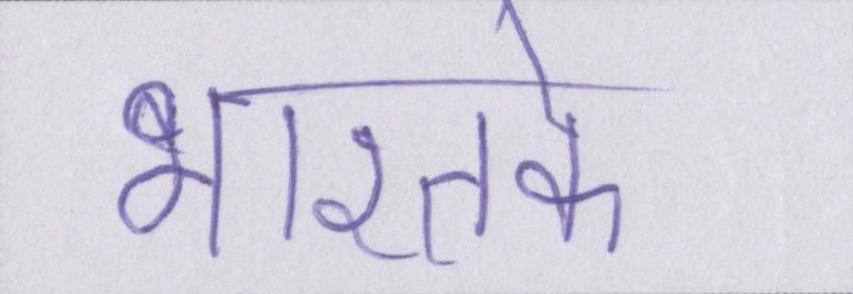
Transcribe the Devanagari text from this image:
भारतके